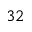
^ { 3 2 }